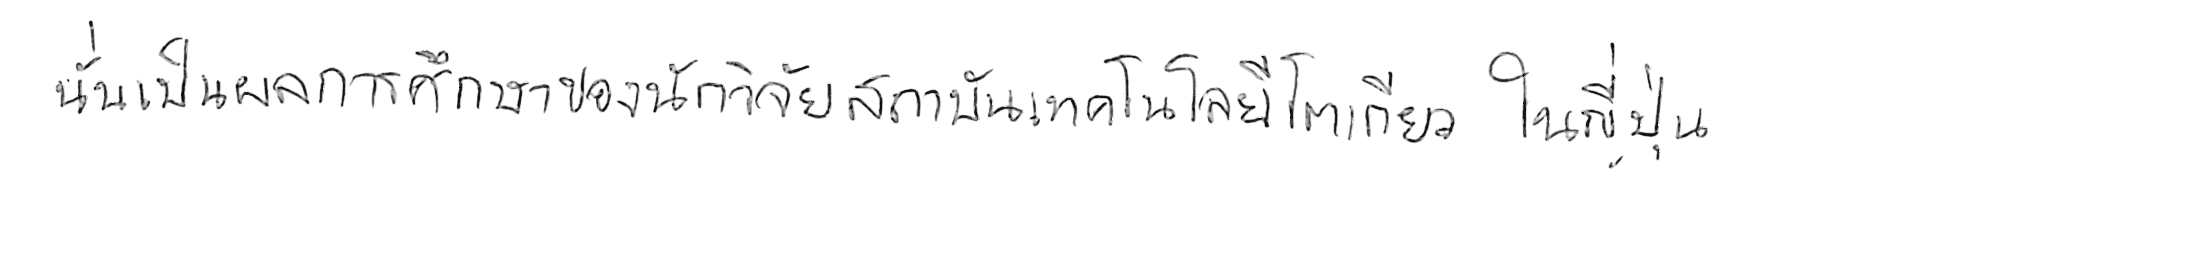
นั่นเป็นผลการศึกษาของนักวิจัยสถาบันเทคโนโลยีโตเกียว ในญี่ปุ่น